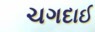
ચગદાઈ